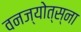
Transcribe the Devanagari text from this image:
वनज्योत्स्ना